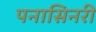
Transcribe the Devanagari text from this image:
पनासिनरी